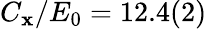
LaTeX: C_{\mathbf{x}}/E_{0}=12.4(2)